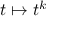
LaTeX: t \mapsto t ^ { k }